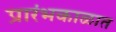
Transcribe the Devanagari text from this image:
प्रारंभकाळात